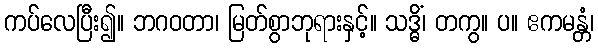
ကပ်လေပြီး၍။ ဘဂဝတာ၊ မြတ်စွာဘုရားနှင့်။ သဒ္ဓိံ၊ တကွ။ ပ။ ဧကမန္တံ၊